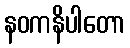
နဝကနိပါတော